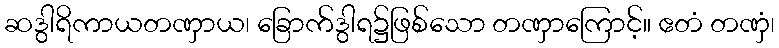
ဆဒွါရိကာယတဏှာယ၊ ခြောက်ဒွါရ၌ဖြစ်သော တဏှာကြောင့်။ ဧတံ တဏှံ၊